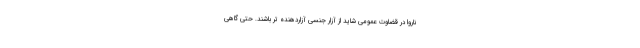
ناروا در قضاوت عمومی شاید از آزار جنسی آزاردهنده تر باشند. حتی گاهی